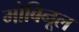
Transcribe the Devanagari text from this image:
मोबिनूल